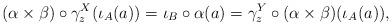
LaTeX: \begin{align*} (\alpha\times \beta)\circ \gamma^X_z(\iota_A(a)) = \iota_B\circ \alpha(a) = \gamma^Y_z\circ (\alpha\times \beta)(\iota_A(a)), \end{align*}